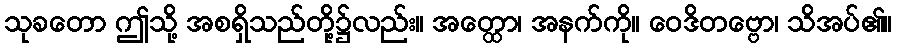
သုခတော ဤသို့ အစရှိသည်တို့၌လည်း။ အတ္ထော၊ အနက်ကို။ ဝေဒိတဗ္ဗော၊ သိအပ်၏။